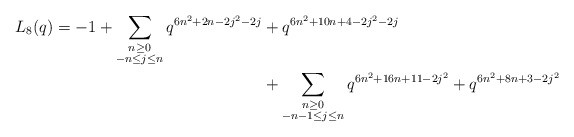
\begin{align*} \begin{aligned}L_{8}(q) = -1 + \sum_{\substack{n \geq 0 \\ -n \leq j \leq n}} q^{6n^2 + 2n - 2j^2 - 2j} & + q^{6n^2 + 10n + 4 - 2j^2 -2j} \\& + \sum_{\substack{n \geq 0 \\ -n-1 \leq j \leq n}} q^{6n^2 + 16n + 11 - 2j^2} + q^{6n^2 + 8n + 3 -2j^2}\end{aligned}\end{align*}